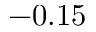
- 0 . 1 5